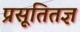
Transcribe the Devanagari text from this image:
प्रसूतितज्ञ